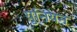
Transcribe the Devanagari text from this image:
य़ुनियन